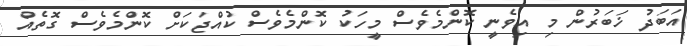
އަބަދު ޚަބަރުން މި އިވެނީ ކޮންމެވެސް މީހަކު ކޮންމެވެސް ކުއްޖަކަށް ކޮންމެވެސް ގޮތެއް